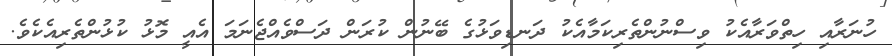
ހުނަރާއި ހިތްވަރާއެކު ވިސްނުންތެރިކަމާއެކު ދަނޑިވަޅުގެ ބޭނުން ކުރަން ދަސްވެއްޖެނަމަ އެއީ މޮޅު ކުޅުންތެރިއެކެވެ.